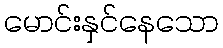
မောင်းနှင်နေသော